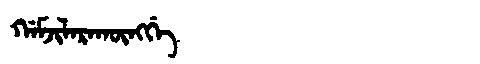
Manchu: ᡤᠠᠮᠵᡳᠯᠠᡵᠠᡴᡡᠩᡤᡝ
Romanization: GAMJILARAKŪNGGE